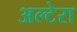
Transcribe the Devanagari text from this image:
अल्टेरा